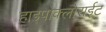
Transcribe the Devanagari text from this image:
हाइपोक्लोराईट